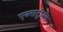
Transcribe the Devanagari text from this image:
एक्सट्रीम्स